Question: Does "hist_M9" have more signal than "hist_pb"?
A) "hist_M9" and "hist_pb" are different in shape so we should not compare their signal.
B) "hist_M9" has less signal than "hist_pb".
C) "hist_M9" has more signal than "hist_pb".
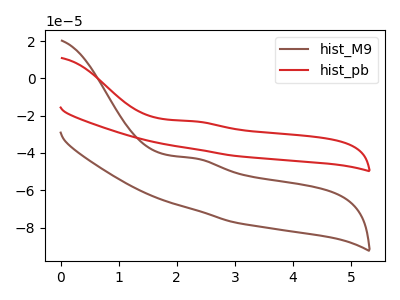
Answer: <think>The brown curve "hist_M9" has an anodic peak at: (2.30V, -42.85uA). The red curve "hist_pb" has an anodic peak at: (2.30V, -23.05uA).
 All the peaks in "hist_M9" have a peak in "hist_pb" at the same potential. Every peak in "hist_M9" is lower than every peak in "hist_pb".</think>
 <answer>B) "hist_M9" has less signal than "hist_pb".</answer>
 <eval>B</eval>